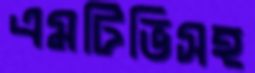
এমটিভিসহ